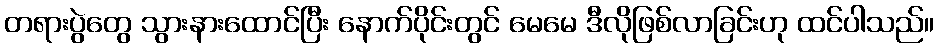
တရားပွဲတွေ သွားနားထောင်ပြီး နောက်ပိုင်းတွင် မေမေ ဒီလိုဖြစ်လာခြင်းဟု ထင်ပါသည်။